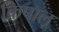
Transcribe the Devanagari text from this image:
क्रिपालू